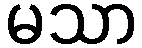
မသာ